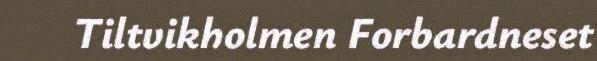
Tiltvikholmen Forbardneset